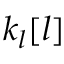
k _ { l } [ l ]